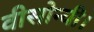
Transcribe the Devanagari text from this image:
वीसोन्यी।